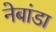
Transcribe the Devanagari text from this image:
नेबांडा